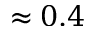
\approx 0 . 4